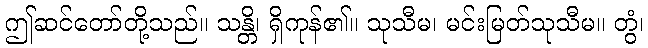
ဤဆင်တော်တို့သည်။ သန္တိ၊ ရှိကုန်၏။ သုသီမ၊ မင်းမြတ်သုသီမ။ တွံ၊